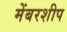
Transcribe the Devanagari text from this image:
मेंबरशीप